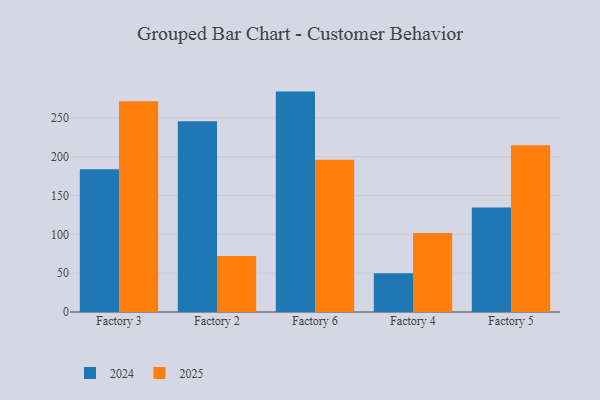
{"axis": {"x": "Factory", "y": "Production Output"}, "legend": ["2024", "2025"], "data": [{"x": "Factory 3", "y": 184.1, "type": "2024"}, {"x": "Factory 3", "y": 271.7, "type": "2025"}, {"x": "Factory 2", "y": 245.8, "type": "2024"}, {"x": "Factory 2", "y": 72.3, "type": "2025"}, {"x": "Factory 6", "y": 284.0, "type": "2024"}, {"x": "Factory 6", "y": 196.3, "type": "2025"}, {"x": "Factory 4", "y": 49.8, "type": "2024"}, {"x": "Factory 4", "y": 101.7, "type": "2025"}, {"x": "Factory 5", "y": 134.5, "type": "2024"}, {"x": "Factory 5", "y": 214.8, "type": "2025"}]}